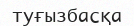
туғызбасқа